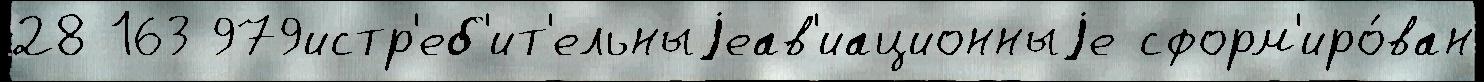
28 163 979истр'еб'ит'ельныjеав'иационныjе сформ'иро́ван